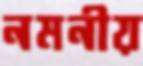
নমনীয়